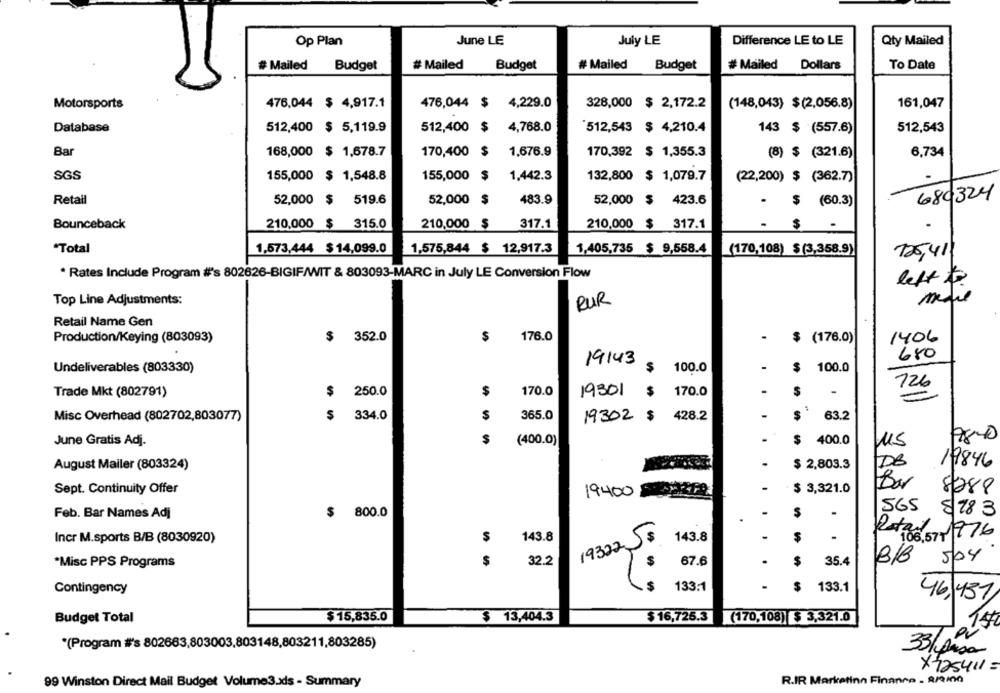
Op Plan
June LE
July LE
Difference LE to LE
Qty Mailed
# Mailed
Budget
# Mailed
Budget
# Mailed
Budget
# Mailed
Dollars
To Date
Motorsports
476,044 $ 4,917.1
476,044 $ 4,229.0
328,000 $ 2,172.2
161,047
(148,043) $(2,056.8)
Database
512,400 $ 5,119.9
512,400 $
4,768.0
"512,543 $ 4,210.4
143 $ (557.6)
512,543
Bar
168,000 $ 1,678.7
1,676.9
170,392 $ 1,355.3
6,734
170,400
(8) $ (321.6)
SGS
155,000 $ 1,548.8
155,000
$
1,442.3
132,800 $ 1,079.7
(22,200) $ (362.7)
Retail
52,000 $
519.6
52,000 $
483.9
52,000 $
423.6
680324
- $ (60.3)
Bounceback
210.000 $ 315.0
210,000 $
317.1
210,000 $ 317.1
$ -
"Total
1,573,444 $14,099.0
1,575,844 $ 12,917.3
1,405,735 $ 9,558.4
(170,108) $ (3,358.9)
725,411
* Rates Include Program #'s 802626-BIGIF/WIT & 803093-MARC in July LE Conversion Flow
left
Top Line Adjustments:
RUR
Retail Name Gen
Production/Keying (803093)
$ 352.0
$
176.0
.
$ (176.0)
1406
19143
680
-
Undeliverables (803330)
$ 100.0
$
100.0
126
Trade Mkt (802791)
$ 250.0
$
170.0
19301 $ 170.0
Misc Overhead (802702,803077)
$ 334.0
$
365.0
-
$
63.2
19302 $ 428.2
17800
June Gratis Adj.
$
(400.0)
-
$ 400.0
115
.
DB
19846
August Mailer (803324)
$ 2,803.3
Bar
Sept. Continuity Offer
19400 MEER
$ 3,321.0
8288
800.0
-
S
.
565
8 783
Feb. Bar Names Adj
$
Incr M.sports B/B (8030920)
$
143.8
193225:
143.8
-
$
.
Rat 08. 071776
$
32.2
67.6
.
$
35.4
18/8
504
*Misc PPS Programs
133:1
$
133.1
Contingency
46,437/
$ 15,835.0
Budget Total
$ 13,404.3
$ 16,725.3 (170,108) $ 3,321.0
(Program #'s 802663,803003,803148,803211,803285)
33/Ansa
X725411=
99 Winston Direct Mail Budget Volume3.xdls - Summary
R.IR Marketing Finance . 8/2In0